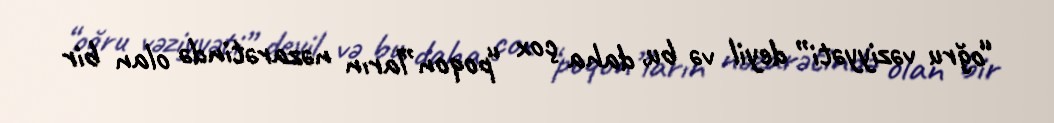
“oğru vəziyyəti” deyil və bu, daha çox “poqon”ların nəzarətində olan bir